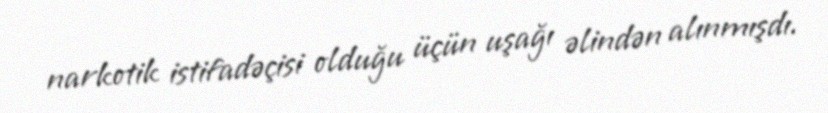
narkotik istifadəçisi olduğu üçün uşağı əlindən alınmışdı.